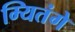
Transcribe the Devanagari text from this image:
म्यितंगे